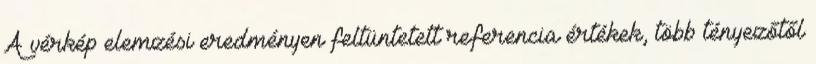
A vérkép elemzési eredményen feltüntetett referencia értékek, több tényezőtől